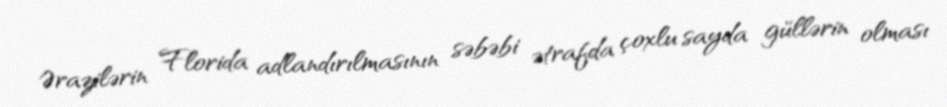
Ərazilərin Florida adlandırılmasının səbəbi ətrafda çoxlu sayda güllərin olması